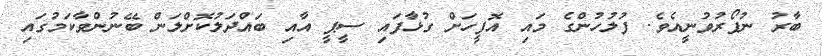
ބާރު ނުފޯރުވުނީއެވެ. ފުލުހުންގެ މައި އޮފީހަށް ގުޅާފައި ސީޕީ އާއި ބައްދަލުކޮށްލަން ބޭނުންވާކަމުގައި